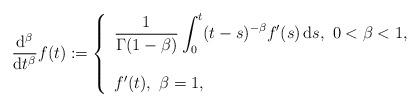
LaTeX: \begin{align*}\frac{\mathrm{d}^{\beta}}{\mathrm{d}t^{\beta}}f(t):=\left\{\begin{array}{ll}\dfrac{1}{\Gamma{(1-\beta)}}\displaystyle\int^t_{0} (t-s)^{-\beta}f'(s)\,\mathrm{d}s,\ 0<\beta<1,\\\\f'(t),\ \beta=1,\end{array}\right.\end{align*}